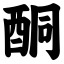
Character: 酮